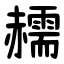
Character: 䞕